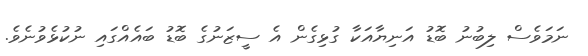
ނަމަވެސް ލިބުނު ބޮޑު އަނިޔާއަކާ ގުޅިގެން އެ ސީޒަނުގެ ބޮޑު ބައެއްގައި ނުކުޅެވުނެވެ.